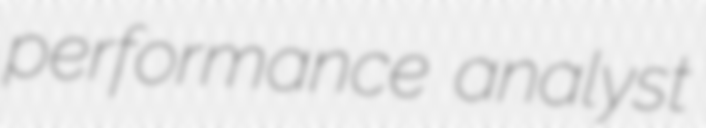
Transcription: performance analyst